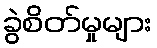
ခွဲစိတ်မှုများ